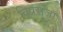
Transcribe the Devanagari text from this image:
विप्रराजा